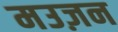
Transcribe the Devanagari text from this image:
मउज़न